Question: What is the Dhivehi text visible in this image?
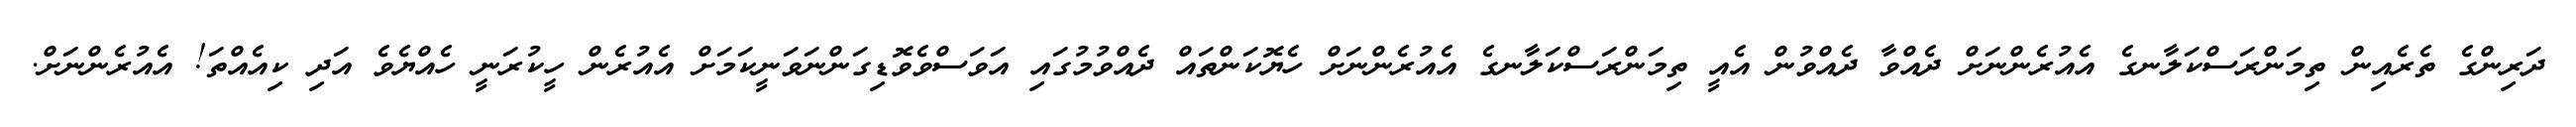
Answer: ދަރިންގެ ތެރެއިން ތިމަންރަސްކަލާނގެ އެއުރެންނަށް ދެއްވާ ދެއްވުން އެއީ ތިމަންރަސްކަލާނގެ އެއުރެންނަށް ހެޔޮކަންތައް ދެއްވުމުގައި އަވަސްވެވޮޑިގަންނަވަނީކަމަށް އެއުރެން ހީކުރަނީ ހެއްޔެވެ އަދި ކިއެއްތަ! އެއުރެންނަށް.